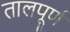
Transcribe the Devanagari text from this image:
तालपूर्ण